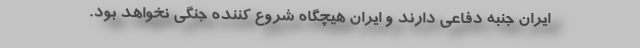
ایران جنبه دفاعی دارند و ایران هیچگاه شروع کننده جنگی نخواهد بود.